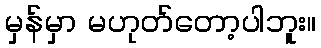
မှန်မှာ မဟုတ်တော့ပါဘူး။